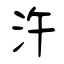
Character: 汻